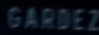
GARDEZ